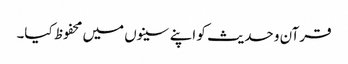
قرآن و حدیث کو اپنے سینوں میں محفوظ کیا۔